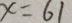
x = 6 1